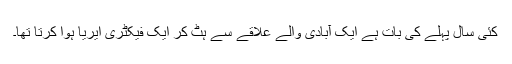
کئی سال پہلے کی بات ہے ایک آبادی والے علاقے سے ہٹ کر ایک فیکٹری ایریا ہوا کرتا تھا۔